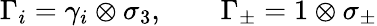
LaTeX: \Gamma_{i}=\gamma_{i}\otimes\sigma_{3},\qquad\Gamma_{\pm}=1\otimes\sigma_{\pm}